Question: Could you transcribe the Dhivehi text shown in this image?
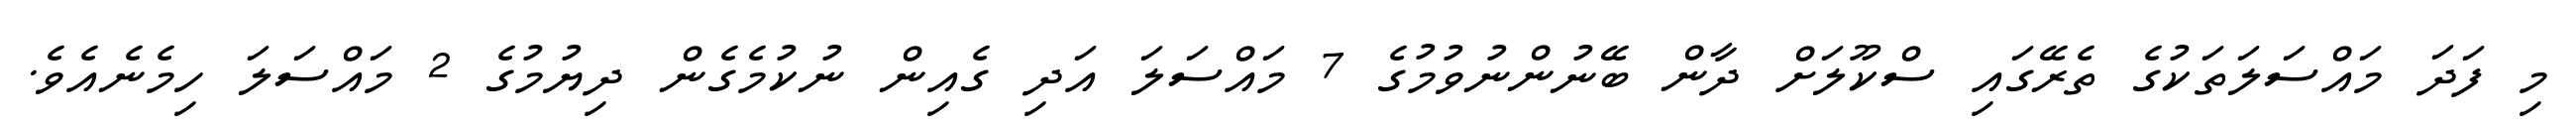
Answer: މި ފަދަ މައްސަލަތަކުގެ ތެރޭގައި ސްކޫލަށް ދާން ބޭނުންނުވުމުގެ 7 މައްސަލަ އަދި ގެއިން ނުކުމެގެން ދިޔުމުގެ 2 މައްސަލަ ހިމެނެއެވެ.